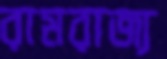
রামরাজ্য